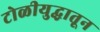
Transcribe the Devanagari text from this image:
टोळीयुद्धातून